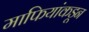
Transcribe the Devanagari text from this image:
माफियांकडून